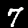
Label: 7